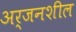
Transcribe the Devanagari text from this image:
अर्जनशील